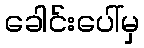
ခေါင်းပေါ်မှ